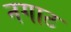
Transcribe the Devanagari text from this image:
नगाट